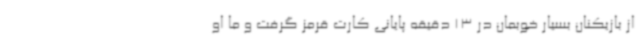
از بازیکنان بسیار خوبمان در 13 دقیقه پایانی کارت قرمز گرفت و ما او